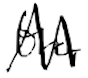
Text: the
Cross-out: zig-zag
Writing tool: digital_black